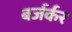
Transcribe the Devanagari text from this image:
बर्जर्कर